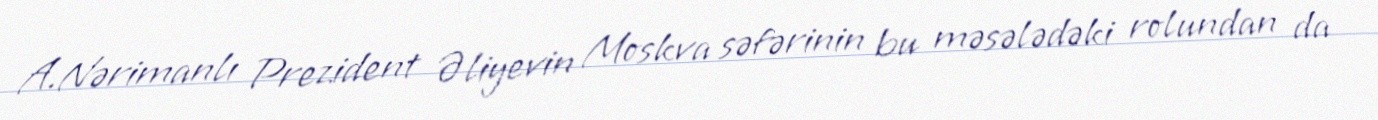
A.Nərimanlı Prezident Əliyevin Moskva səfərinin bu məsələdəki rolundan da